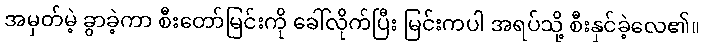
အမှတ်မဲ့ ခွာခဲ့ကာ စီးတော်မြင်းကို ခေါ်လိုက်ပြီး မြင်းကပါ အရပ်သို့ စီးနှင်ခဲ့လေ၏။